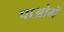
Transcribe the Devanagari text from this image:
पाओगें